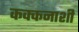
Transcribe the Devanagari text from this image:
कक्कनाशी